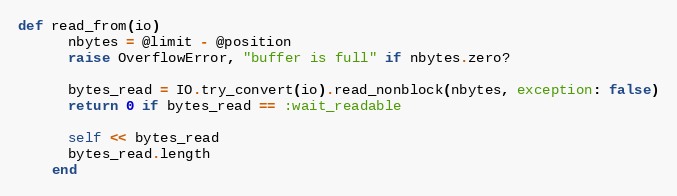
Language: Ruby
def read_from(io)
      nbytes = @limit - @position
      raise OverflowError, "buffer is full" if nbytes.zero?

      bytes_read = IO.try_convert(io).read_nonblock(nbytes, exception: false)
      return 0 if bytes_read == :wait_readable

      self << bytes_read
      bytes_read.length
    end